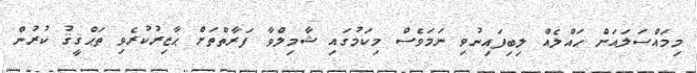
މިމައްސަލައަށް ޙައްލެއް ލިބިފައިނުވި ނަމަވެސް މިކަމުގައި ޝާމިލްވާ ފަރާތްތަށް ޙާޒިރުކުރެވި ތަޙްޤީޤު ކުރުން